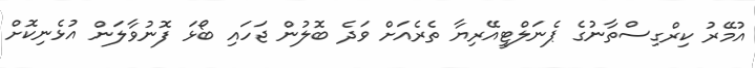
އުމޭރު ކިރްގިސްތާނުގެ ޕެނަލްޓީއޭރިޔާ ތެރެއަށް ވަދެ ބޮލުން ޖަހައި ބޯޅަ ފޮނުވާލަން އުޅެނިކޮށް